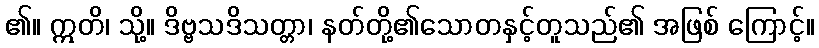
၏။ ဣတိ၊ သို့။ ဒိဗ္ဗသဒိသတ္တာ၊ နတ်တို့၏သောတနှင့်တူသည်၏ အဖြစ် ကြောင့်။